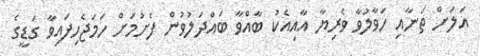
އަލަށް ތަނާއި ހަވާލުވާ ވެރިޔާ އާއިއެކު ބާއްވާ ބައްދަލުވުން ފެށުމަށް ހަމަޖެހިފައިވާ ގަޑީގެ